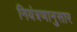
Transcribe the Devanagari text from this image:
नियंत्रणानुसार